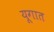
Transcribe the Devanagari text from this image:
यूगात